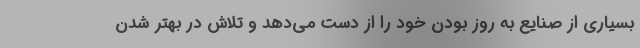
بسیاری از صنایع به روز بودن خود را از دست می‌دهد و تلاش در بهتر شدن